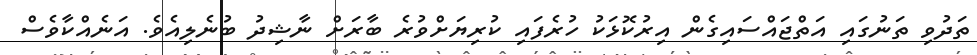
ތަދުވި ތަނުގައި އަތްޖައްސައިގެން އިރުކޮޅަކު ހުރެފައި ކުރިޔަށްވުރެ ބާރަށް ނާޝިދު ބުނެލިއެވެ. އަނެއްކާވެސް